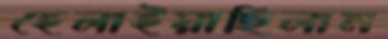
হেলাইয়াছিলাম